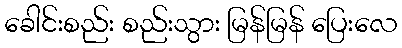
ခေါင်းစည်း စည်းသွား မြန်မြန် ပြေးလေ